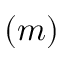
( m )